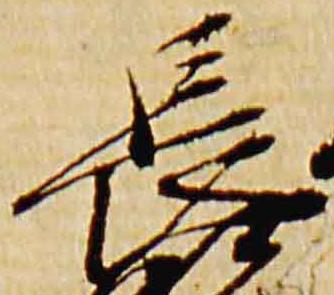
長